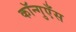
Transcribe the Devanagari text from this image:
कॉन्गुएँस